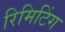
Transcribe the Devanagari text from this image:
रिमिटिंग